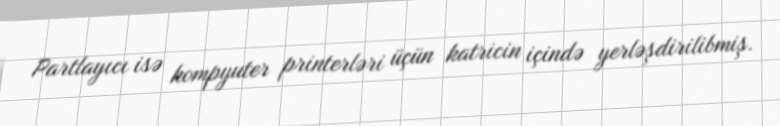
Partlayıcı isə kompyuter printerləri üçün katricin içində yerləşdirilibmiş.